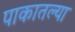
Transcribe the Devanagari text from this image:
पाकातल्या